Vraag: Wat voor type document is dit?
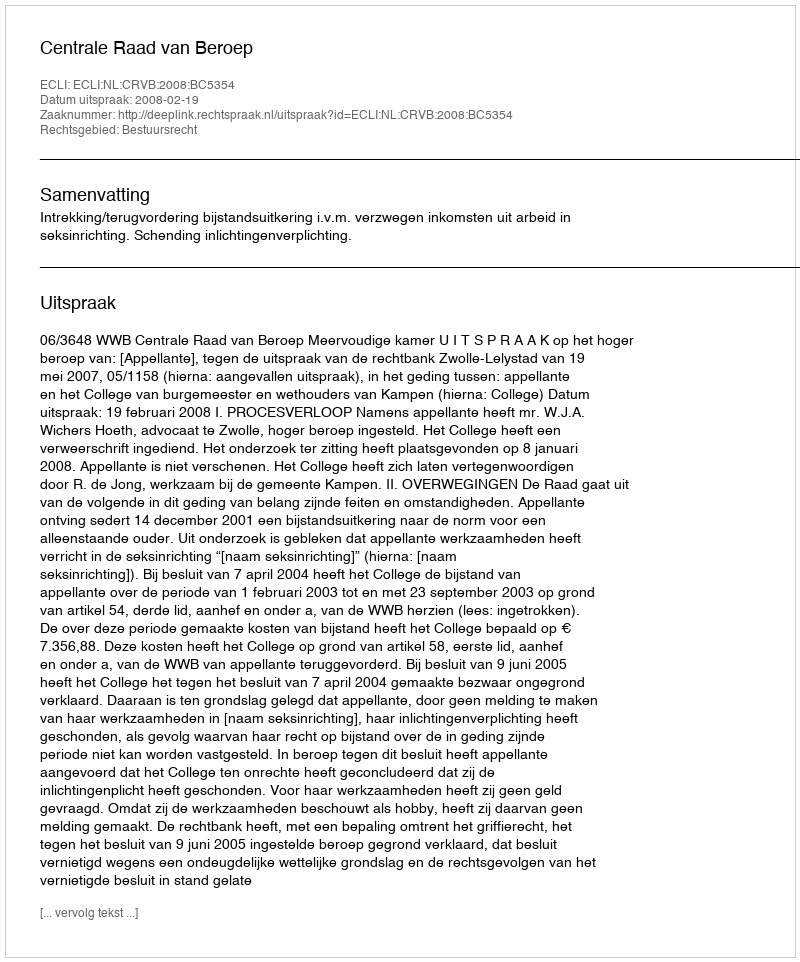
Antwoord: Uitspraak